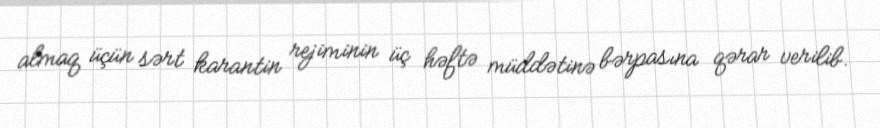
almaq üçün sərt karantin rejiminin üç həftə müddətinə bərpasına qərar verilib.